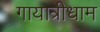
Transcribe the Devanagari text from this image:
गायात्रीधाम